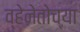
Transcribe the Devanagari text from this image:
व्हेनेतोच्या